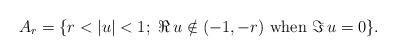
LaTeX: \begin{align*}A_r = \{ r < |u| < 1 ; \ \Re\,u \notin (-1 , -r) \ \mbox{when} \ \Im\,u =0 \} .\end{align*}